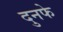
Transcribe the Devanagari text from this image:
दुनफे